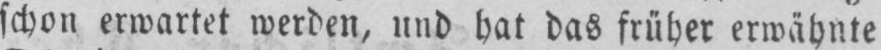
schon erwartet werden, und hat das früher erwähnte